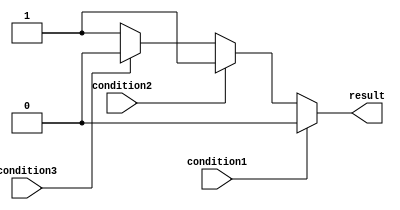
module if_else_ladder (
    input wire condition1,
    input wire condition2,
    input wire condition3,
    output reg result
);

always @* begin
    if (condition1) begin
        result <= 1'b0;
    end else if (condition2) begin
        result <= 1'b1;
    end else if (condition3) begin
        result <= 1'b0;
    end else begin
        result <= 1'b1;
    end
end

endmodule